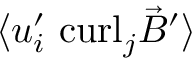
\langle { u } _ { i } ^ { \prime } \ \mathrm { c u r l } _ { j } \vec { B } ^ { \prime } \rangle